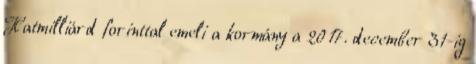
Hatmilliárd forinttal emeli a kormány a 2017. december 31-ig